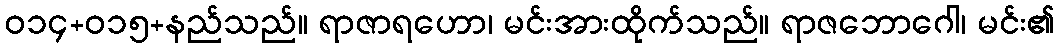
ဝ၁၄+၀၁၅+နည်သည်။ ရာဇာရဟော၊ မင်းအားထိုက်သည်။ ရာဇဘောဂေါ၊ မင်း၏